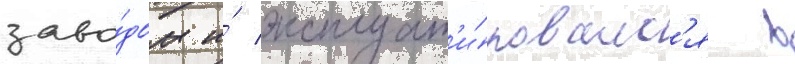
заво́дом и́ эксплуат'и́ровалс'я в